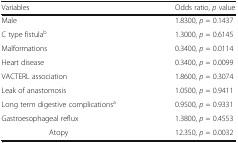
<table><thead><tr><td><b>Variables</b></td><td><b>Odds ratio, <i>p</i> value</b></td></tr></thead><tbody><tr><td>Male</td><td>1.8300, <i>p</i> = 0.1437</td></tr><tr><td>C type fistula<sup>b</sup></td><td>1.3000, <i>p</i> = 0.6145</td></tr><tr><td>Malformations</td><td>0.3400, <i>p</i> = 0.0114</td></tr><tr><td>Heart disease</td><td>0.3400, <i>p</i> = 0.0099</td></tr><tr><td>VACTERL association</td><td>1.8600, <i>p</i> = 0.3074</td></tr><tr><td>Leak of anastomosis</td><td>1.0500, <i>p</i> = 0.9411</td></tr><tr><td>Long term digestive complications<sup>a</sup></td><td>0.9500, <i>p</i> = 0.9331</td></tr><tr><td>Gastroesophageal reflux</td><td>1.3800, <i>p</i> = 0.4553</td></tr><tr><td>Atopy</td><td>12.350, <i>p</i> = 0.0032</td></tr></tbody></table>